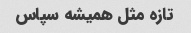
تازه مثل همیشه سپاس